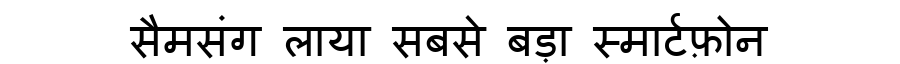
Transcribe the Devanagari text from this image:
सैमसंग लाया सबसे बड़ा स्मार्टफ़ोन